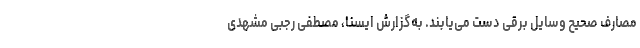
مصارف صحیح وسایل برقی دست می‌یابند. ‌به‌گزارش ایسنا، مصطفی رجبی مشهدی